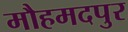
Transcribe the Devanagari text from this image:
मौहमदपुर